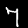
Digit: 7